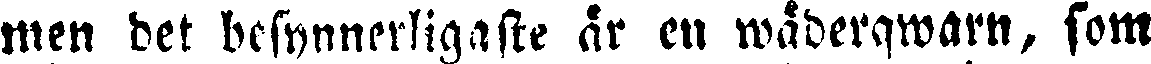
men det besynnerligaste är en wäderqwarn, som